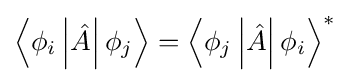
\left\langle \phi _{i}\left|{\hat {A}}\right|\phi _{j}\right\rangle =\left\langle \phi _{j}\left|{\hat {A}}\right|\phi _{i}\right\rangle ^{*}